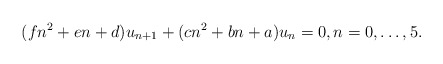
\begin{align*}(fn^2 + en + d) u_{n+1} + (cn^2 +bn+ a) u_n = 0, n=0,\dots,5.\end{align*}